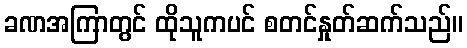
ခဏအကြာတွင် ထိုသူကပင် စတင်နှုတ်ဆက်သည်။